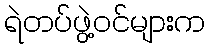
ရဲတပ်ဖွဲ့ဝင်များက